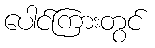
ပေါင်ကြားတွင်